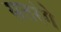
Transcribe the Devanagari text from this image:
सतरंगे